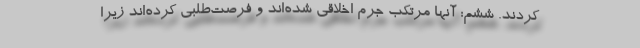
کردند. ششم: آنها مرتکب جرم اخلاقی شده‌اند و فرصت‌طلبی کرده‌اند زیرا